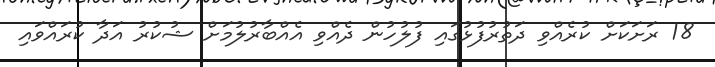
18 ރަށަކަށް ކުރެއްވި ދަތުރުފުޅުގައި ފުލުހުން ދެއްވި އެއްބާރުލުމަށް ޝުކުރު އަދާ ކުރައްވައި